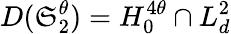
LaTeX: D(\mathfrak{S}_{2}^{\theta})=H_{0}^{4\theta}\cap L_{d}^{2}